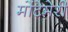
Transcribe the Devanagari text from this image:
मोंटेमेरी